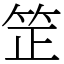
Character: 䇥